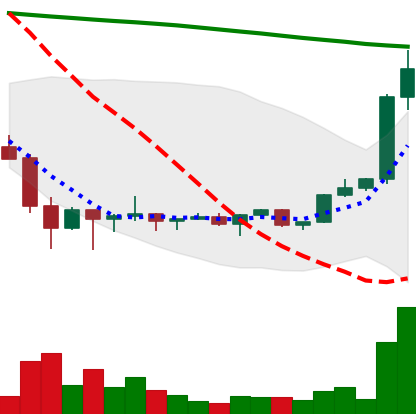
Ticker: XRP-USD
Chart end date: 2022-02-08
Forward return: -7.734%
Label: down_7plus